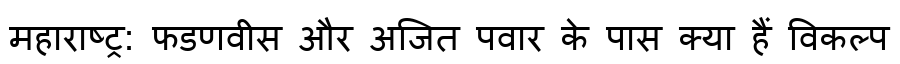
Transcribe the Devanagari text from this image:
महाराष्ट्र: फडणवीस और अजित पवार के पास क्या हैं विकल्प